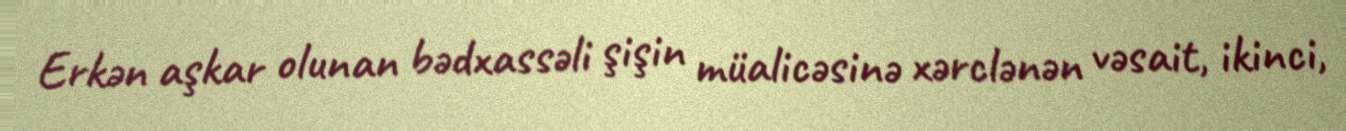
Erkən aşkar olunan bədxassəli şişin müalicəsinə xərclənən vəsait, ikinci,